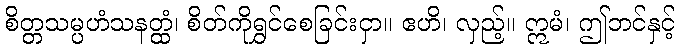
စိတ္တသမ္ပဟံသနတ္ထံ၊ စိတ်ကိုရွှင်စေခြင်းငှာ။ ဧဟိ၊ လှည့်။ ဣမံ၊ ဤဘင်နှင့်